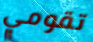
تقومي